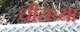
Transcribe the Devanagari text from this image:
धीराच्या